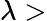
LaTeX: \lambda>